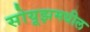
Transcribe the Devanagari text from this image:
सोयूझमधील